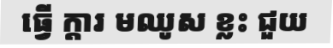
ធ្វើ ក្តារ មឈូស ខ្លះ ជួយ